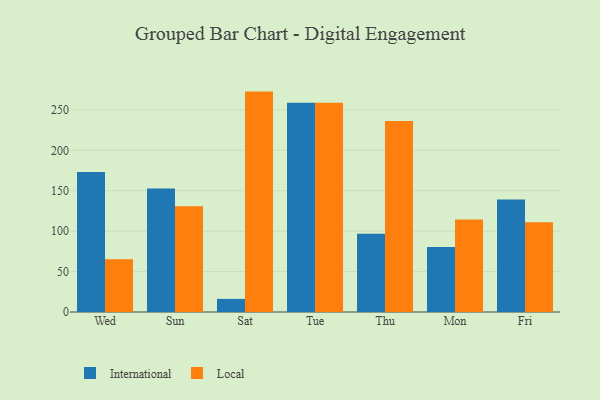
{"axis": {"x": "Day", "y": "Customer Acquisition Cost (USD)"}, "legend": ["International", "Local"], "data": [{"x": "Wed", "y": 173.2, "type": "International"}, {"x": "Wed", "y": 65.3, "type": "Local"}, {"x": "Sun", "y": 152.8, "type": "International"}, {"x": "Sun", "y": 130.8, "type": "Local"}, {"x": "Sat", "y": 16.2, "type": "International"}, {"x": "Sat", "y": 272.6, "type": "Local"}, {"x": "Tue", "y": 258.8, "type": "International"}, {"x": "Tue", "y": 258.8, "type": "Local"}, {"x": "Thu", "y": 96.7, "type": "International"}, {"x": "Thu", "y": 236.1, "type": "Local"}, {"x": "Mon", "y": 80.5, "type": "International"}, {"x": "Mon", "y": 114.4, "type": "Local"}, {"x": "Fri", "y": 139.2, "type": "International"}, {"x": "Fri", "y": 110.9, "type": "Local"}]}